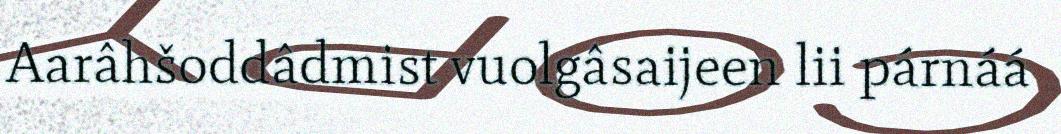
Aarâhšoddâdmist vuolgâsaijeen lii párnáá